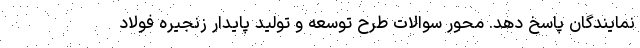
نمایندگان پاسخ دهد. محور سوالات طرح توسعه و تولید پایدار زنجیره فولاد